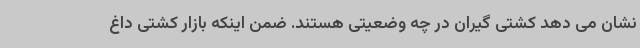
نشان می دهد کشتی گیران در چه وضعیتی هستند. ضمن اینکه بازار کشتی داغ